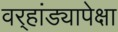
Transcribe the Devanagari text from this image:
वर्‍हांड्यापेक्षा